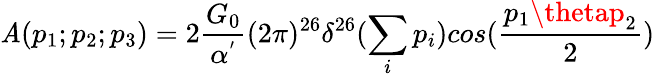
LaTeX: \mathit{A}(p_{1};p_{2};p_{3})=2\frac{{G_{0}}}{{\alpha^{'}}}(2\pi)^{26}\delta^{26}(\sum_{i}p_{i})cos(\frac{{p_{1}\thetap_{2}}}{{2}})